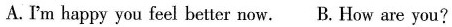
A.Im happy you feel better now. B.How are you?